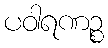
ပဝါရဏဉ္စ